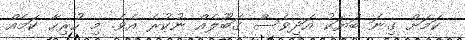
ކަމަށް ގިނަ ބަޔަކު އަދިވެސް ގަބޫލެއް ނުކުރެ އެވެ. މި ހުރިހާ ކަމެއް